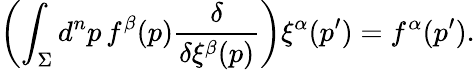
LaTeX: \left(\int_{\Sigma}d^{n}p\, f^{\beta}(p){\frac{\delta}{\delta\xi^{\beta}(p)}}\right)\xi^{\alpha}(p^{\prime})=f^{\alpha}(p^{\prime}).